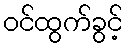
ဝင်ထွက်ခွင့်